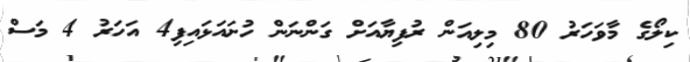
ކިލޯގެ މާވަހަރު 80 މިލިއަން ރުފިޔާއަށް ގަންނަން ހުށައަޅައިފި4 އަހަރު 4 މަސް